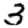
Digit: 3